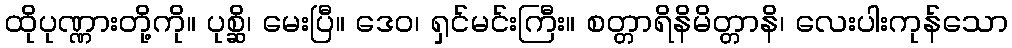
ထိုပုဏ္ဏားတို့ကို။ ပုစ္ဆိ၊ မေးပြီ။ ဒေဝ၊ ရှင်မင်းကြီး။ စတ္တာရိနိမိတ္တာနိ၊ လေးပါးကုန်သော